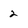
Character: 2